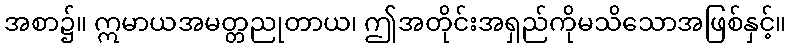
အစာ၌။ ဣမာယအမတ္တညုတာယ၊ ဤအတိုင်းအရှည်ကိုမသိသောအဖြစ်နှင့်။